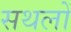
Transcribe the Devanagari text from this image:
सथलों